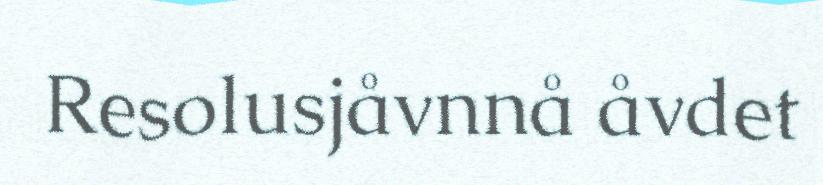
Resolusjåvnnå åvdet